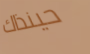
حينذاك